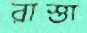
রাস্তা